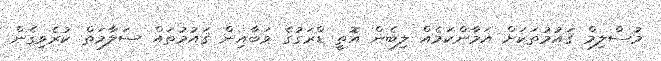
މުސްލިމް ޤައުމުތަކަށް އަމާންކަމެއް ލިބެން އޮތީ ޑްރަގުގެ ވަބާއިން ޤައުމުތައް ސަލާމަތް ކުރެވިގެން